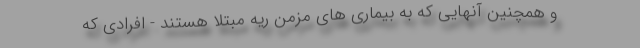
و همچنین آنهایی که به بیماری های مزمن ریه مبتلا هستند - افرادی که